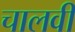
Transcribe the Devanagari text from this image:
चालवी